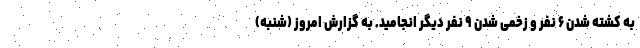
به کشته شدن ۶ نفر و زخمی شدن ۹ نفر دیگر انجامید. به گزارش امروز (شنبه)